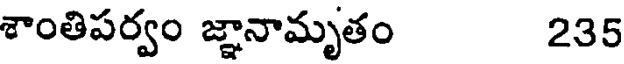
శాంతిపర్వం జ్ఞానామృతం 235